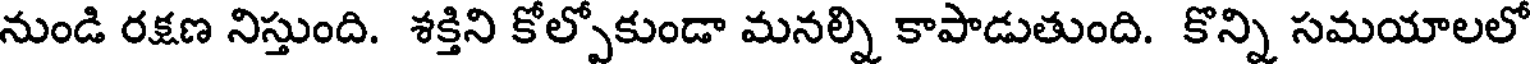
నుండి రక్షణ నిస్తుంది. శక్తిని కోల్పోకుండా మనల్ని కాపాడుతుంది. కొన్ని సమయాలలో